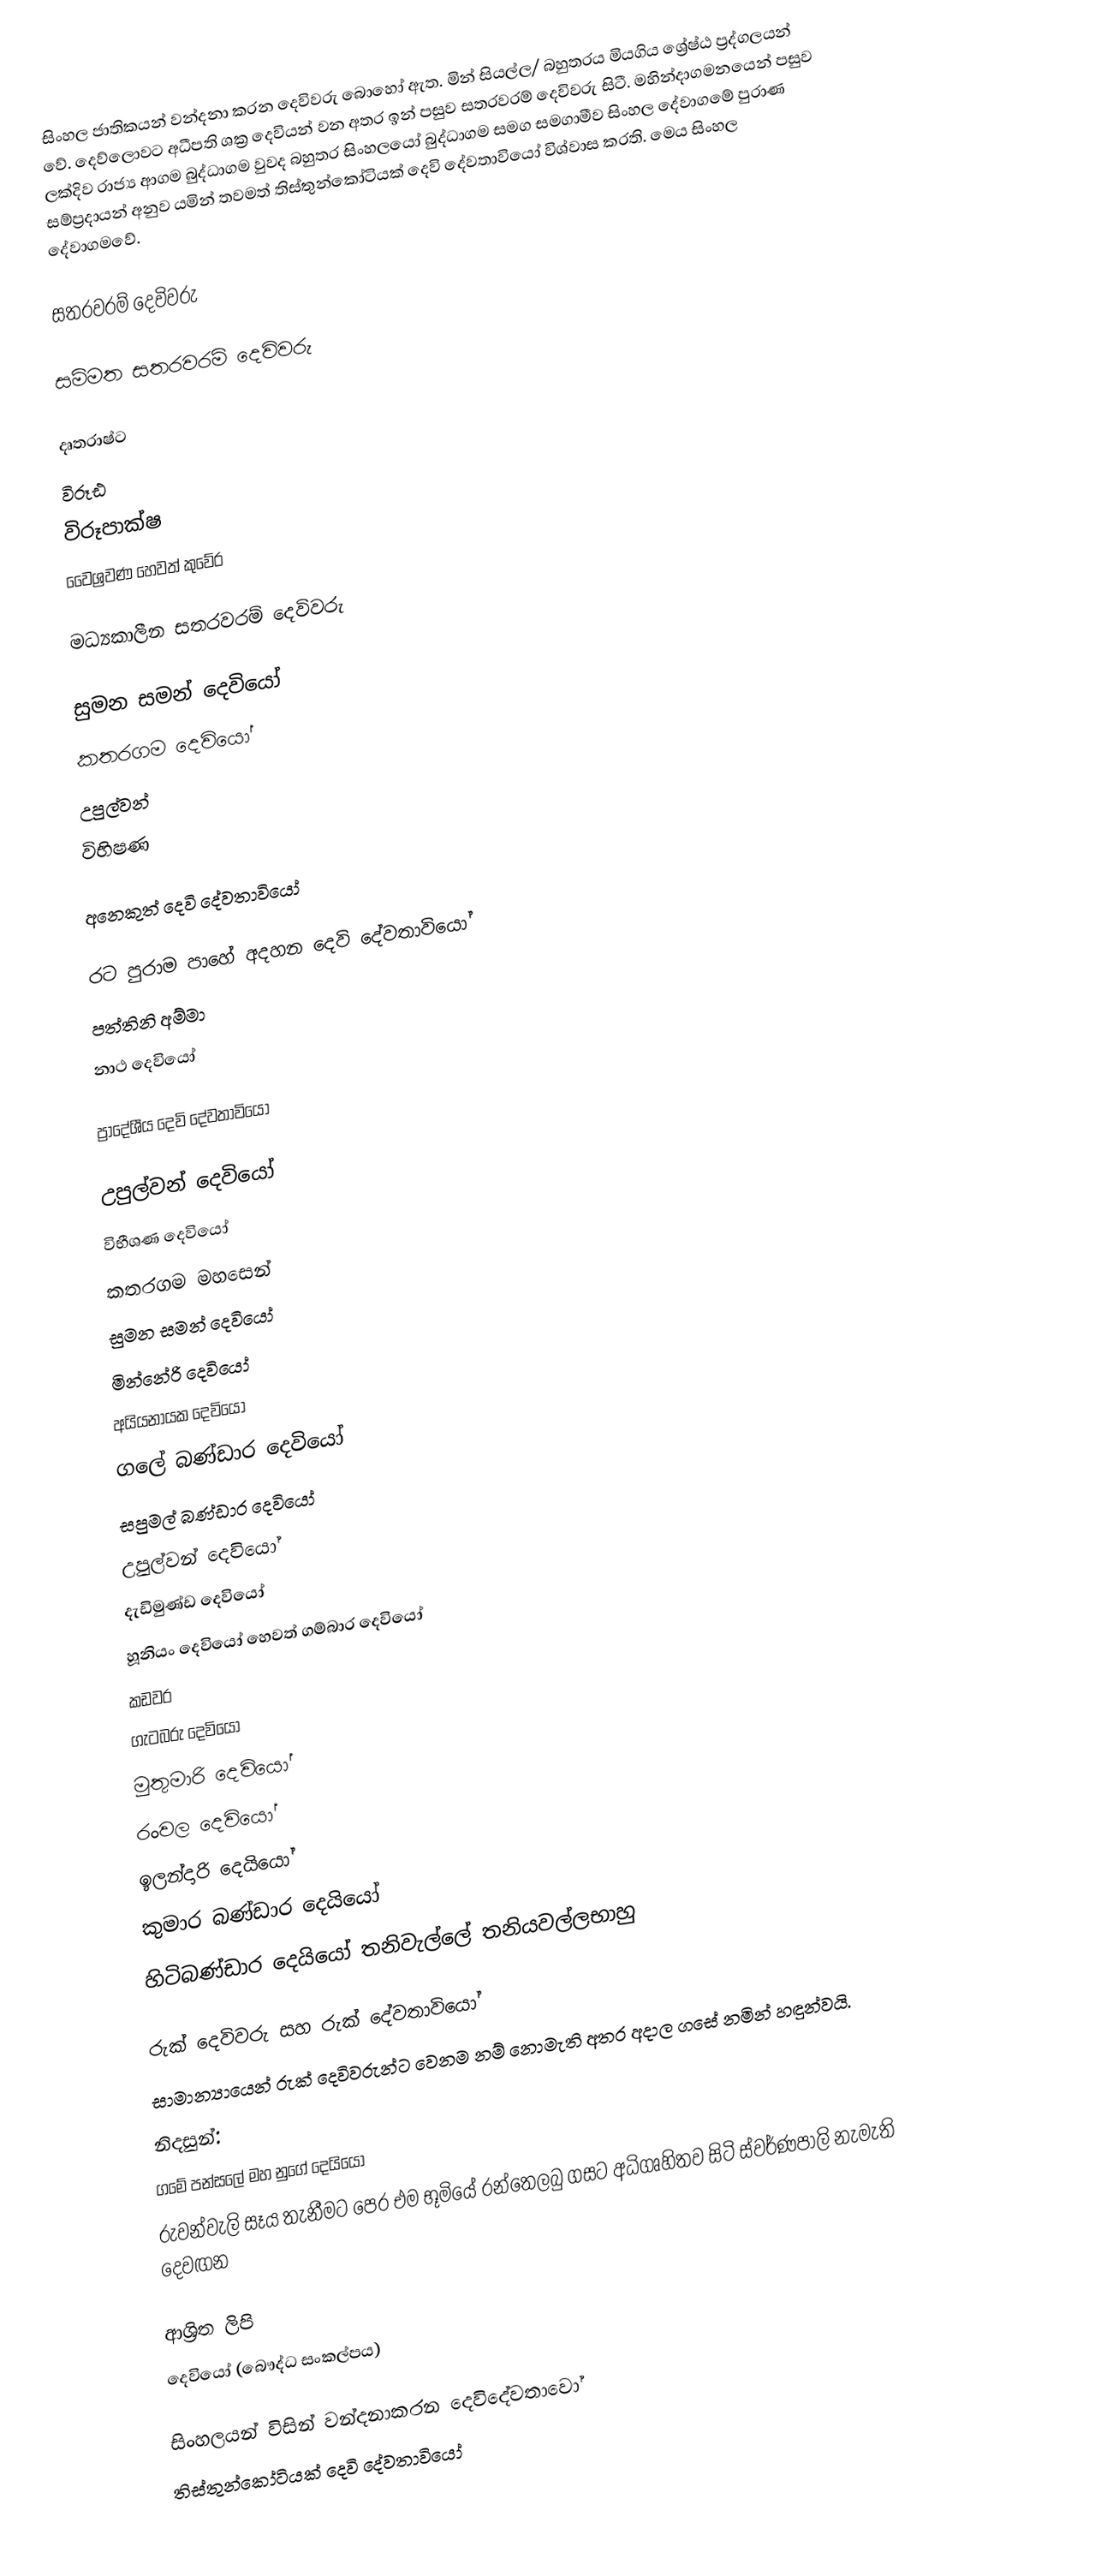
සිංහල ජාතිකයන් වන්දනා කරන දෙවිවරු බොහෝ ඇත. මින් සියල්ල/ බහුතරය මියගිය ශ්‍රේෂ්ඨ ප්‍රද්ගලයන් වේ. දෙව්ලොවට අධීපති ශක්‍ර දෙවියන් වන අතර ඉන් පසුව සතරවරම් දෙවිවරු සිටී. මහින්දාගමනයෙන් පසුව ලක්දිව රාජ්‍ය ආගම බුද්ධාගම වුවද බහුතර සිංහලයෝ බුද්ධාගම සමග සමගාමීව සිංහල දේවාගමේ පුරාණ සම්ප්‍රදායන් අනුව යමින් තවමත් තිස්තුන්කෝටියක් දෙවි දේවතාවියෝ විශ්වාස කරති. මෙය සිංහල දේවාගමවේ.

සතරවරම් දෙවිවරු

සම්මත සතරවරම් දෙවිවරු

    දෘතරාෂ්ට
    විරූඪ
    විරූපාක්ෂ
    වෛශ්‍රවණ හෙවත් කුවේර

මධ්‍යකාලීන සතරවරම් දෙවිවරු

   සුමන සමන් දෙවියෝ
    කතරගම දෙවියෝ
    උපුල්වන්
    විභිෂණ

අනෙකුත් දෙවි දේවතාවියෝ

රට පුරාම පාහේ අදහන දෙවි දේවතාවියෝ
 පත්තිනි අම්මා
 නාථ දෙවියෝ

ප්‍රාදේශීය දෙවි දේවතාවියෝ

 උපුල්වන් දෙවියෝ
 විභීශණ දෙවියෝ
 කතරගම මහසෙන්
 සුමන සමන් දෙවියෝ
 මින්නේරි දෙවියෝ
 අයියනායක දෙවියෝ
 ගලේ බණ්ඩාර දෙවියෝ
 සපුමල් බණ්ඩාර දෙවියෝ
 උපුල්වන් දෙවියෝ
 දැඩිමුණ්ඩ දෙවියෝ
 හූනියං දෙවියෝ හෙවත් ගම්බාර දෙවියෝ
 කඩවර
 ගැටබරු දෙවියෝ
 මුතුමාරි දෙවියෝ
 රංවල දෙවියෝ
 ඉලන්දාරි දෙයියෝ
 කුමාර බණ්ඩාර දෙයියෝ
 හිටිබණ්ඩාර දෙයියෝ තනිවැල්ලේ තනියවල්ලභාහු

රුක් දෙවිවරු සහ රුක් දේවතාවියෝ
සාමාන්‍යායෙන් රුක් දෙවිවරුන්ට වෙනම නම් නොමැති අතර අදාල ගසේ නමින් හඳුන්වයි.
නිදසුන්:
 ගමේ පන්සලේ මහ නුගේ දෙයියෝ
 රුවන්වැලි සෑය තැනීමට පෙර එම භූමියේ රන්තෙලබු ගසට අධිගෘහිතව සිටි ස්වර්ණපාලි නැමැති දෙවඟන

ආශ්‍රිත ලිපි
 දෙවියෝ (බෞද්ධ සංකල්පය)

සිංහලයන් විසින් වන්දනාකරන දෙවිදේවතාවෝ
තිස්තුන්කෝටියක් දෙවි දේවතාවියෝ